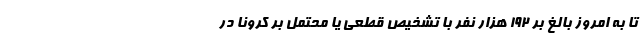
تا به امروز بالغ بر ۱۹۲ هزار نفر با تشخیص قطعی یا محتمل بر کرونا در